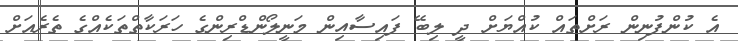
އެ ކުންފުނިން ރަށްތައް ކުއްޔަށް ދީ ލިބޭ ފައިސާއިން މަނީލޯންޑްރިންގެ ހަރަކާތްތަކެއްގެ ތެރެއަށް